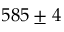
5 8 5 \pm 4